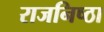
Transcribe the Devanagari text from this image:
राजनिष्ठा